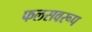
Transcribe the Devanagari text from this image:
फलसवरूप